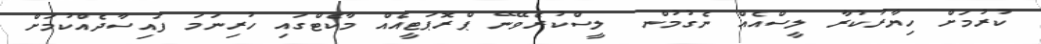
ކުރުމަށް ހިޔާރުކުރާ ލީސްއެއް ނެގުމުން  ލީސްކުރެވޭނޭ ޕްރޮޕަޓީއެއް މާކެޓްގައި ހުރިނަމަ ފައިސާދެއްކުމަށް